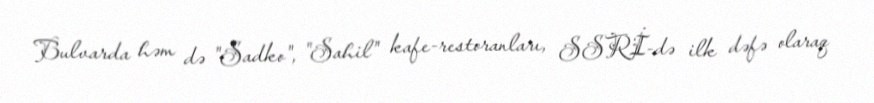
Bulvarda həm də "Sadko", "Sahil" kafe-restoranları, SSRİ-də ilk dəfə olaraq